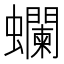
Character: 𧕗